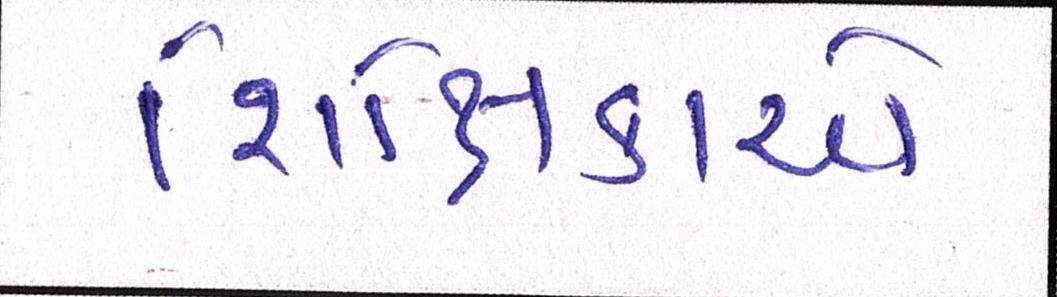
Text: શિક્ષિકાએ